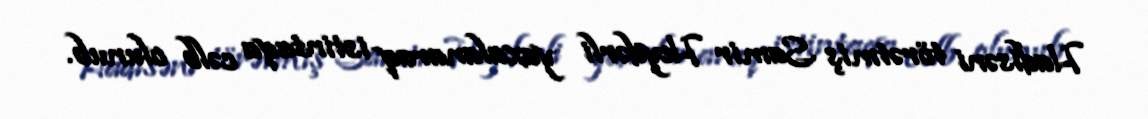
Hadisəni törətmiş Samir Heydərli yaxalanaraq istintaqa cəlb olunub.